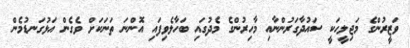
ވަޒީރުންގެ މަޖިލީހަކީ ސައުދާގަރުންނާއި މާހިރުންގެ މެދުގައި ބަހާލެވިފައި އޮންނަ ތަނަކަށް ވެގެން އަޅުގަނޑުމެން